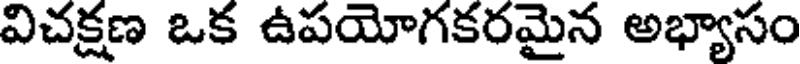
విచక్షణ ఒక ఉపయోగకరమైన అభ్యాసం